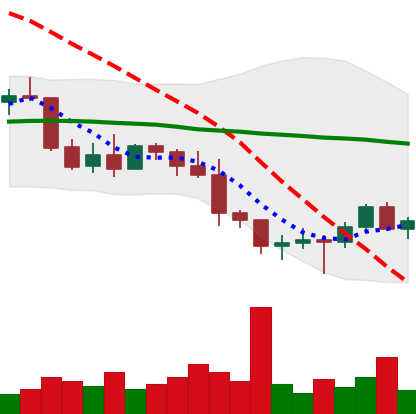
Ticker: BTC-USD
Chart end date: 2022-01-14
Forward return: -3.145%
Label: down_3_5